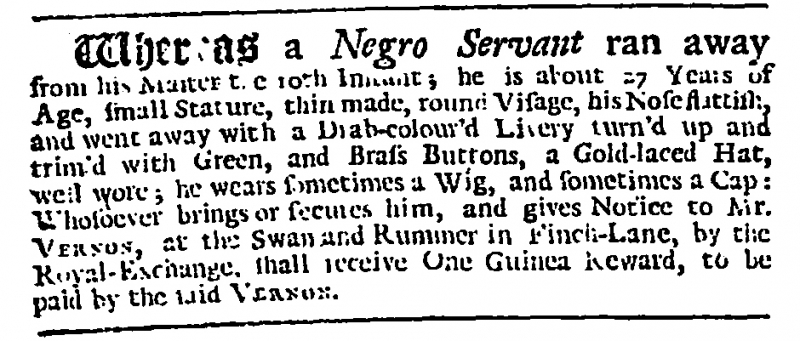
Daily Journal, 19 April 1728 (England)
Whereas a Negro Servant ran away from his Master the 10th Instant; he is about 27 Years of Age, small Stature, thin made, round Visage, his Nose flattish, and went away with a Drab-colour’d Livery turn’d up and trim’d with Green, and Brass Buttons, a Gold-laced Hat, well wore; he wears sometimes a Wig, and sometimes a Cap: Whosoever brings or secures him, and gives Notice to Mr. VERNON, at the Swan and Rummer in Finch-Lane, by the Royal-Exchange, shall receive One Guinea Reward, to be paid by the said VERNON.